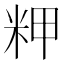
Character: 𰪴